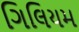
ગિલિયમ